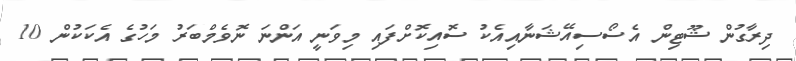
ދިރާގުން ޝޫޓިން އެސޯސިއޭޝަނާއިއެކު ސޮއިކޮށްފައި މިވަނީ އަންނަ ނޮވެމްބަރު މަހުގެ އެކަކުން 10